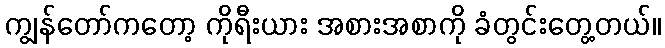
ကျွန်တော်ကတော့ ကိုရီးယား အစားအစာကို ခံတွင်းတွေ့တယ်။